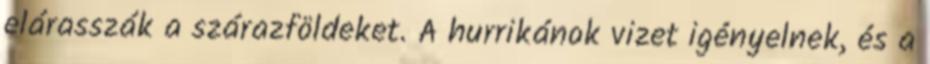
elárasszák a szárazföldeket. A hurrikánok vizet igényelnek, és a